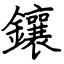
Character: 鑲